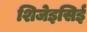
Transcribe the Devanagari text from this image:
शिजेइसिई